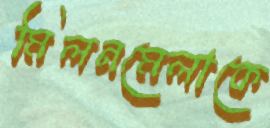
মিলনমেলাকে